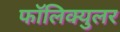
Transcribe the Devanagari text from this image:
फॉलिक्युलर